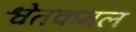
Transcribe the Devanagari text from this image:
श्वेतकमल